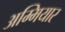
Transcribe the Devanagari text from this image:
अम्मियार